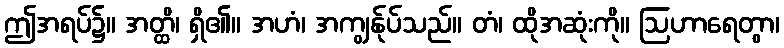
ဤအရပ်၌။ အတ္ထိ၊ ရှိ၏။ အဟံ၊ အကျွန်ုပ်သည်။ တံ၊ ထိုအဆုံးကို။ ဩဟာရေတွာ၊